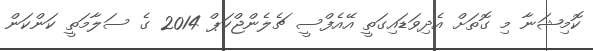
ކޮމިޝަނާ މި ގޮތަށް އެދިވަޑައިގަތީ އޭއެފްސީ ޗެލެންޖްކަޕް 2014 ގެ ސަލާމަތީ ކަންކަން